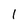
Character: l